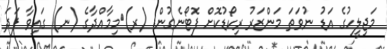
މަޖިލީހުގެ އަޑު ނުވަތަ މަންޒަރު ރިކޯޑުކޮށް ފޮޓޯނެގުން. (ރ)	މިމާއްދާގެ (ނ) ގައިވާ ފަދަ